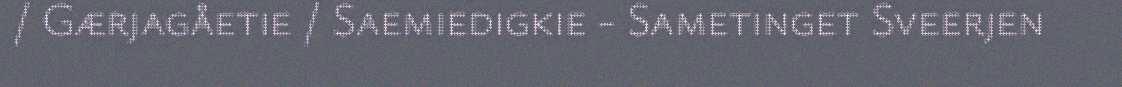
/ Gærjagåetie / Saemiedigkie - Sametinget Sveerjen